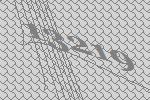
13219